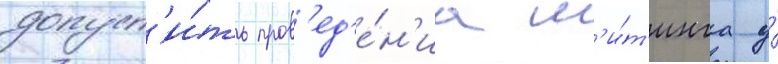
допуст'и́ть пров'ед'е́н'иа м'и́т'инга у́